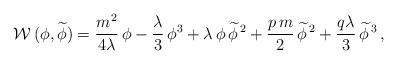
LaTeX: \begin{align*}{\cal W}\,(\phi,\widetilde \phi) = \frac{m^2}{4\lambda} \,\phi-\frac{\lambda}{3} \,\phi^3 +\lambda\,\phi\,\widetilde\phi^{\,2}+\frac{p\,m}{2}\,\widetilde\phi^{\,2} +\frac{q\lambda}{3} \,\widetilde\phi^{\,3}\,,\end{align*}